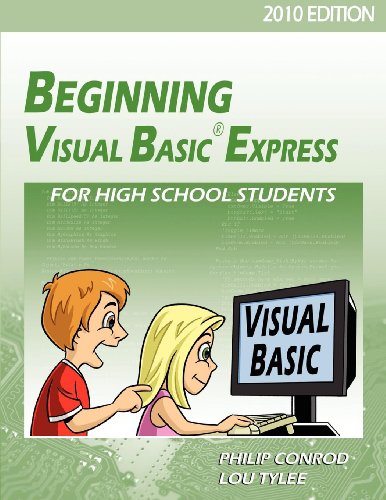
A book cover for Beginning Visual Basic Express For High School Students - 2010 Edition; Philip Conrod; Children's Books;